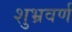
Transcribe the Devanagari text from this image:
शुभ्रवर्ण